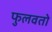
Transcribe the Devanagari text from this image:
फुलवतो